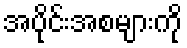
အပိုင်းအစများကို